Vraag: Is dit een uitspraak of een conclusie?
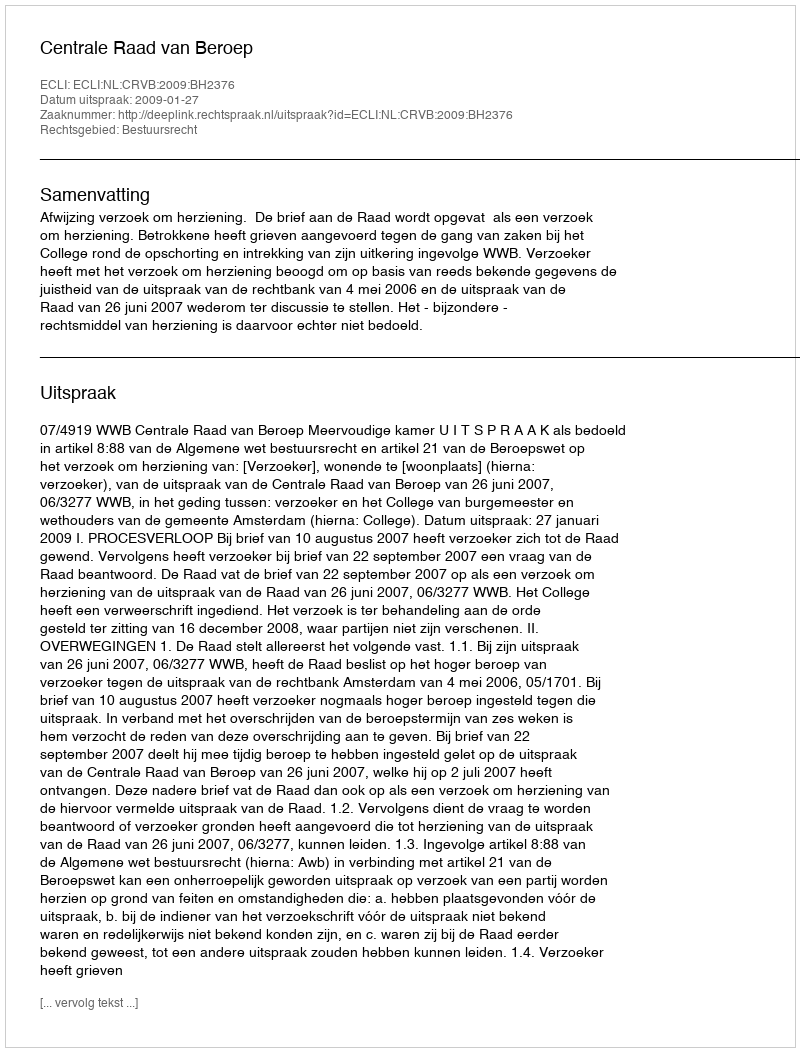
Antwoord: Uitspraak